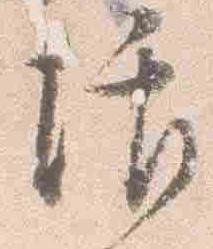
話